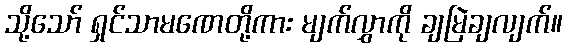
သို့သော် ရှင်သာမဏေတို့ကား မျက်လွှာကို ချမြဲချလျက်။